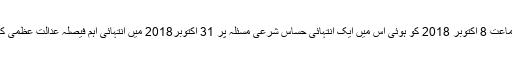
اس کا اندازہ اس سے لگالیں فوجداری اپیل نمبر”39-L/2015 ” جس کی سماعت 8 اکتوبر 2018 کو ہوئی اس میں ایک انتہائی حساس شرعی مسئلہ پر 31 اکتوبر2018 میں انتہائی اہم فیصلہ عدالت عظمیٰ کے تین معزز جسٹس صاحبان نے فرمایا اورفیصلہ کی ابتدا اس سے فرمائی۔